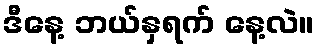
ဒီနေ့ ဘယ်နှရက် နေ့လဲ။